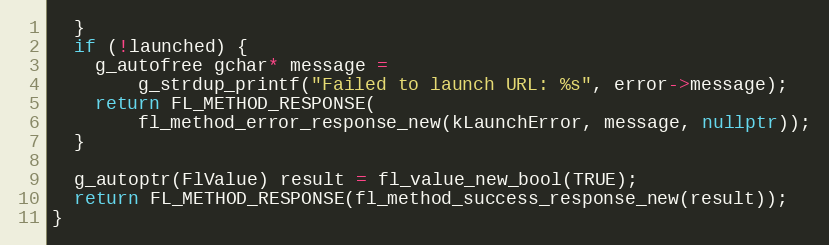
Language: C++
  }
  if (!launched) {
    g_autofree gchar* message =
        g_strdup_printf("Failed to launch URL: %s", error->message);
    return FL_METHOD_RESPONSE(
        fl_method_error_response_new(kLaunchError, message, nullptr));
  }

  g_autoptr(FlValue) result = fl_value_new_bool(TRUE);
  return FL_METHOD_RESPONSE(fl_method_success_response_new(result));
}